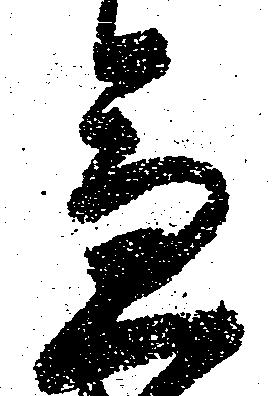
急